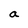
Character: a